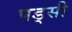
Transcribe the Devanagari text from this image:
पड्सी